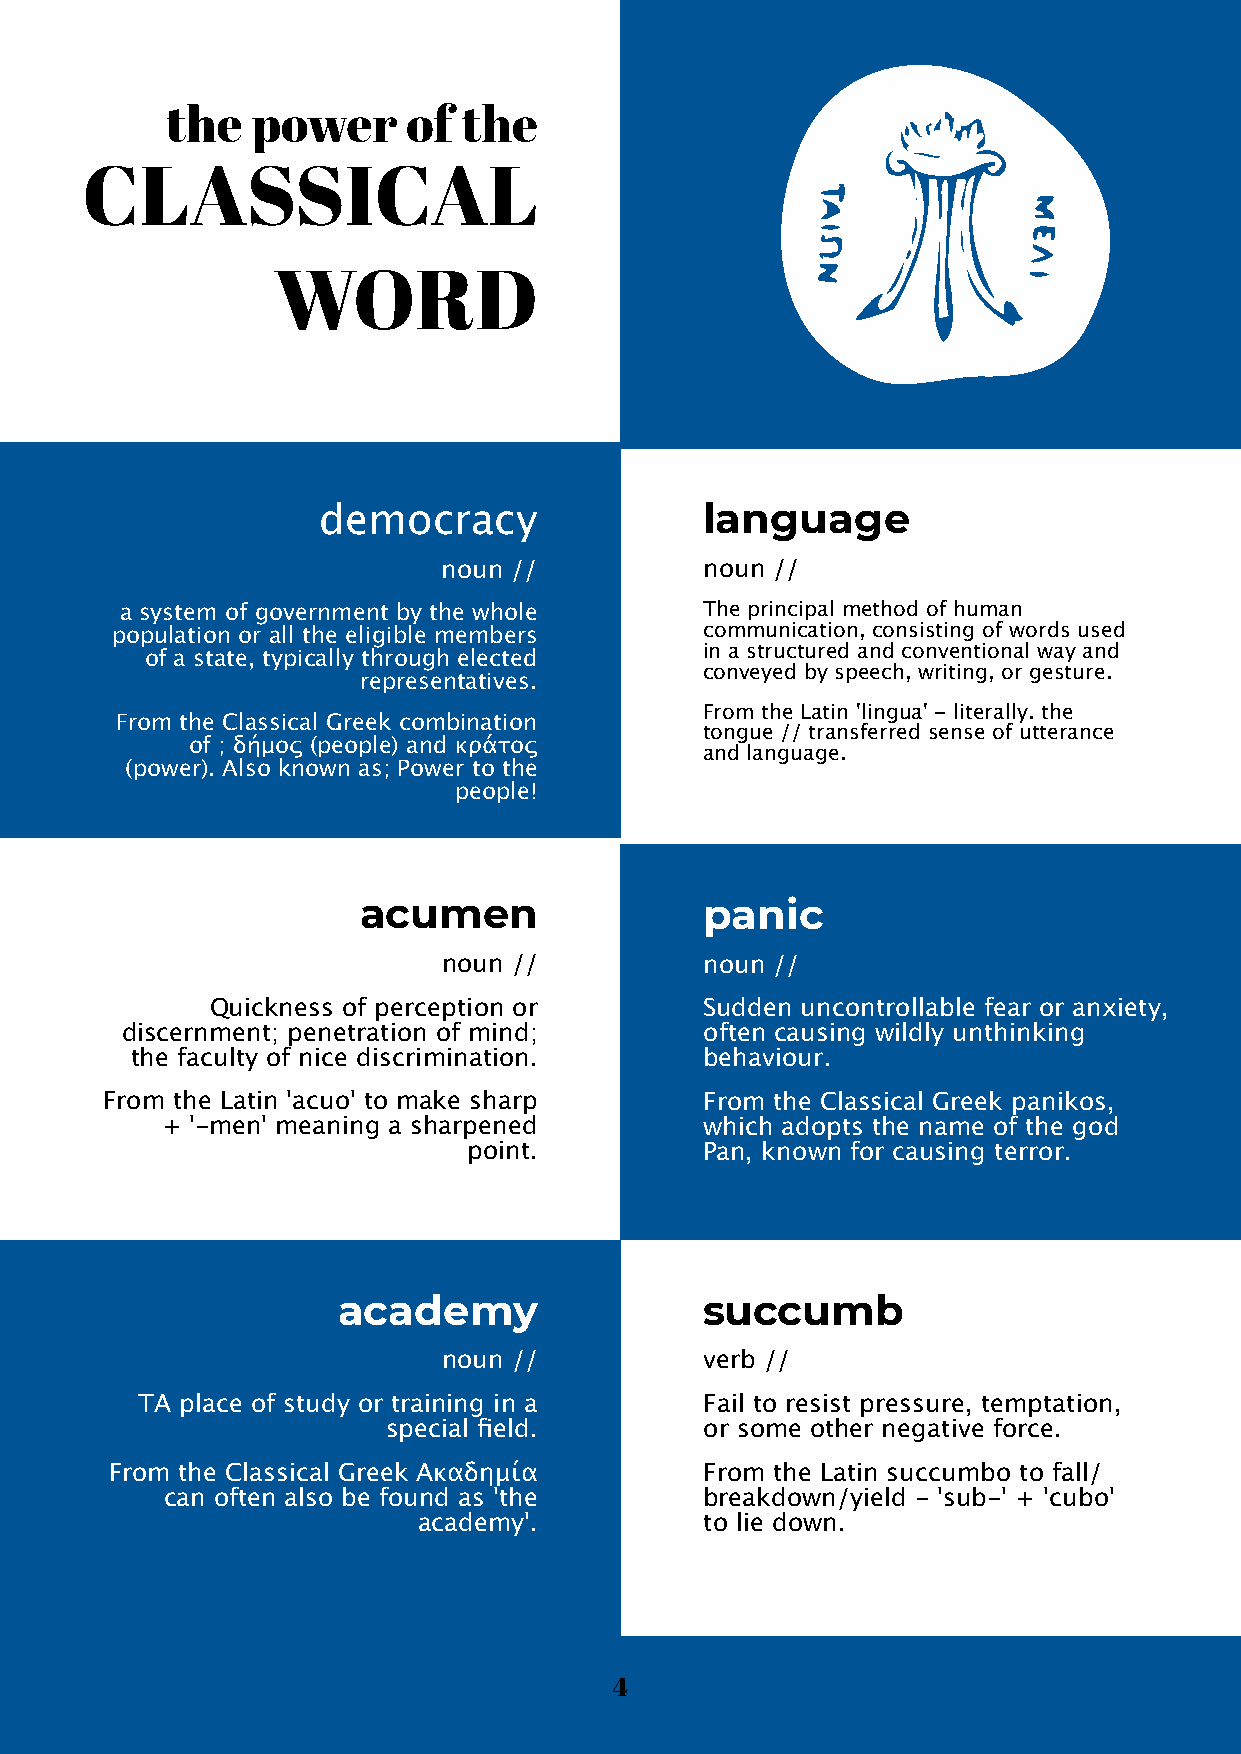
the   power     of  the
 CLASSICAL
 WORD
 democracy                 language
 noun //           noun //
 a system of government by the whole    The principal method of human
 population or all the eligible members  communication, consisting of words used
 of a state, typically through elected in a structured and conventional way and
 conveyed by speech, writing, or gesture.
 representatives.
 From the Latin 'lingua' - literally. the
 From the Classical Greek combination
 tongue // transferred sense of utterance
 of ; δήμος (people) and κράτος
 and language.
 (power). Also known as; Power to the
 people!
 acumen                 panic
 noun //           noun //
 Quickness of perception or       Sudden uncontrollable fear or anxiety,
 discernment; penetration of mind;      often causing wildly unthinking
 the faculty of nice discrimination.   behaviour.
 From the Latin 'acuo' to make sharp     From the Classical Greek panikos,
 + '-men' meaning a sharpened        which adopts the name of the god
 point.          Pan, known for causing terror.
 academy                  succumb
 noun //           verb //
 TA place of study or training in a    Fail to resist pressure, temptation,
 special field.       or some other negative force.
 From the Classical Greek Ακαδημία       From the Latin succumbo to fall/
 can often also be found as 'the     breakdown/yield - 'sub-' + 'cubo'
 academy'.          to lie down.
 4